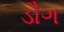
ડૌગ